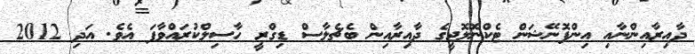
ދާއިރާއިންނާއި އިންފޮނޭޝަން ޓެކްނޮލޮޖީގެ ދާއިރާއިން ބެޗެލާސް ޑިގްރީ ހާސިލްކުރައްވާފަ އެވެ. އަދި 2012